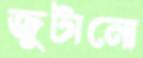
জুটানো